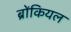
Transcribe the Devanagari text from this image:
ब्रोंकियल